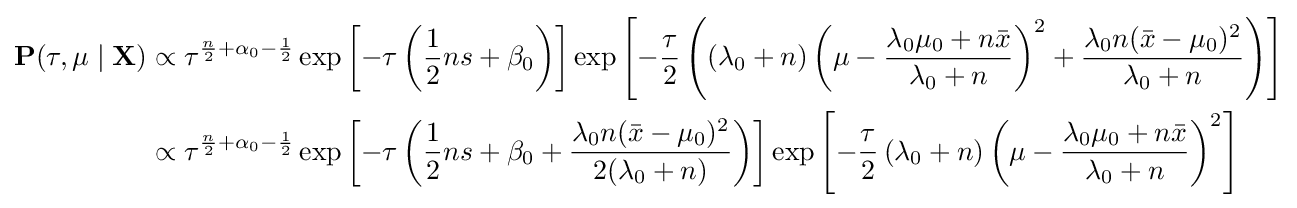
{\begin{aligned}\mathbf {P} (\tau ,\mu \mid \mathbf {X} )&\propto \tau ^{{\frac {n}{2}}+\alpha _{0}-{\frac {1}{2}}}\exp \left[-\tau \left({\frac {1}{2}}ns+\beta _{0}\right)\right]\exp \left[-{\frac {\tau }{2}}\left(\left(\lambda _{0}+n\right)\left(\mu -{\frac {\lambda _{0}\mu _{0}+n{\bar {x}}}{\lambda _{0}+n}}\right)^{2}+{\frac {\lambda _{0}n({\bar {x}}-\mu _{0})^{2}}{\lambda _{0}+n}}\right)\right]\\&\propto \tau ^{{\frac {n}{2}}+\alpha _{0}-{\frac {1}{2}}}\exp \left[-\tau \left({\frac {1}{2}}ns+\beta _{0}+{\frac {\lambda _{0}n({\bar {x}}-\mu _{0})^{2}}{2(\lambda _{0}+n)}}\right)\right]\exp \left[-{\frac {\tau }{2}}\left(\lambda _{0}+n\right)\left(\mu -{\frac {\lambda _{0}\mu _{0}+n{\bar {x}}}{\lambda _{0}+n}}\right)^{2}\right]\end{aligned}}